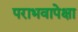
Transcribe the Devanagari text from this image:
पराभवापेक्षा